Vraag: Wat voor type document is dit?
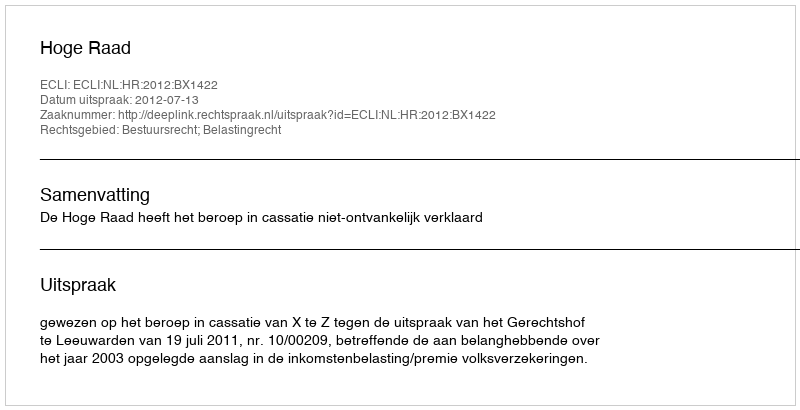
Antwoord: Uitspraak